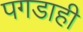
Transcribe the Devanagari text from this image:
पगडाही